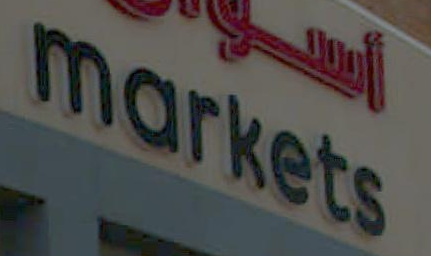
markets